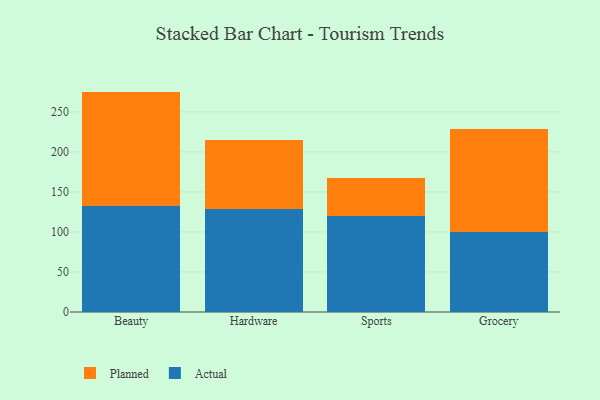
{"axis": {"x": "Category", "y": "Budget (USD K)"}, "legend": ["Actual", "Planned"], "data": [{"x": "Beauty", "y": 133.0, "type": "Actual"}, {"x": "Beauty", "y": 142.4, "type": "Planned"}, {"x": "Hardware", "y": 128.7, "type": "Actual"}, {"x": "Hardware", "y": 85.7, "type": "Planned"}, {"x": "Sports", "y": 120.5, "type": "Actual"}, {"x": "Sports", "y": 47.3, "type": "Planned"}, {"x": "Grocery", "y": 100.3, "type": "Actual"}, {"x": "Grocery", "y": 128.0, "type": "Planned"}]}